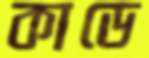
কাডে